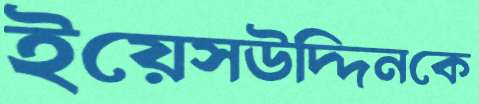
ইয়েসউদ্দিনকে